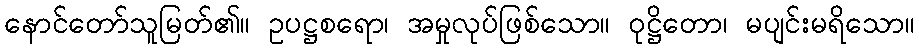
နောင်တော်သူမြတ်၏။ ဥပဋ္ဌစရော၊ အမှုလုပ်ဖြစ်သော။ ဝုဋ္ဌိတော၊ မပျင်းမရိသော။